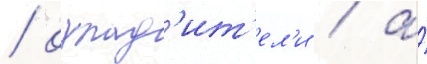
/ охлад'ит'ел'и / а́